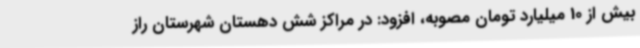
بیش از 10 میلیارد تومان مصوبه، افزود: در مراکز شش دهستان شهرستان راز